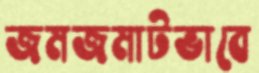
জমজমাটভাবে